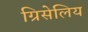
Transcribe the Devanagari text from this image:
ग्रिसेलिय